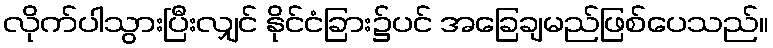
လိုက်ပါသွားပြီးလျှင် နိုင်ငံခြား၌ပင် အခြေချမည်ဖြစ်ပေသည်။